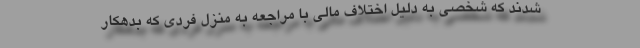
شدند که شخصی به دلیل اختلاف مالی با مراجعه به منزل فردی که بدهکار